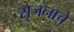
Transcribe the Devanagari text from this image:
सृजनाचे